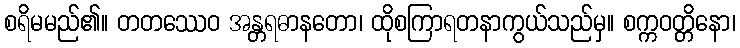
စရိမမည်၏။ တတဿေဝ အန္တရဓာနတော၊ ထိုစကြာရတနာကွယ်သည်မှ။ စက္ကဝတ္တိနော၊